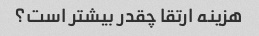
هزینه ارتقا چقدر بیشتر است؟